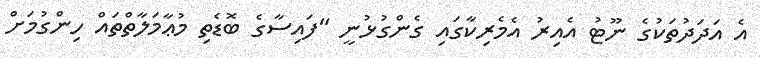
އެ އަދަދުތަކުގެ ނޫޓު އެއިރު އެމެރިކާގައި ގެންގުޅުނީ "ފައިސާގެ ބޮޑެތި މުޢާމަލާތްތައް ހިންގުމަށް